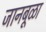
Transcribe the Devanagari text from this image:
जानबूळा